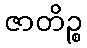
ဇာတိဉ္စ